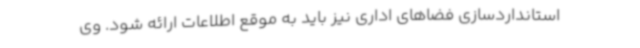
استانداردسازی فضاهای اداری نیز باید به موقع اطلاعات ارائه شود. وی